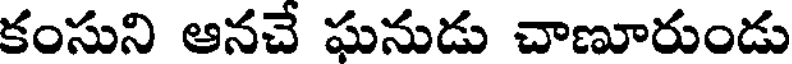
కంసుని ఆనచే ఘనుడు చాణూరుండు